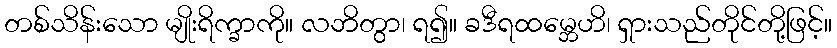
တစ်သိန်းသော မျိုးရိက္ခာကို။ လဘိတွာ၊ ရ၍။ ခဒီရထမ္ဘေဟိ၊ ရှားသည်တိုင်တို့ဖြင့်။